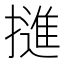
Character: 𭢜